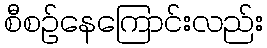
စီစဉ်နေကြောင်းလည်း